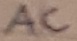
Text: AC